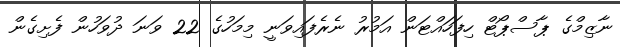
ނާޒިމްގެ ޕާސްޕޯޓް ހިފަހައްޓަން އަމުރު ނެރެފައިވަނީ މިމަހުގެ 22 ވަނަ ދުވަހުން ފެށިގެން